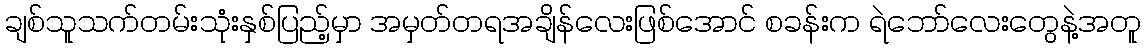
ချစ်သူသက်တမ်းသုံးနှစ်ပြည့်မှာ အမှတ်တရအချိန်လေးဖြစ်အောင် စခန်းက ရဲဘော်လေးတွေနဲ့အတူ